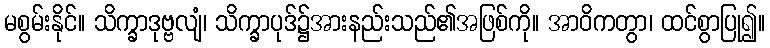
မစွမ်းနိုင်။ သိက္ခာဒုဗ္ဗလျံ၊ သိက္ခာပုဒ်၌အားနည်းသည်၏အဖြစ်ကို။ အာဝိကတွာ၊ ထင်စွာပြု၍။